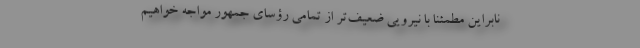
نابراین مطمئناً با نیرویی ضعیف‌تر از تمامی رؤسای جمهور مواجه خواهیم